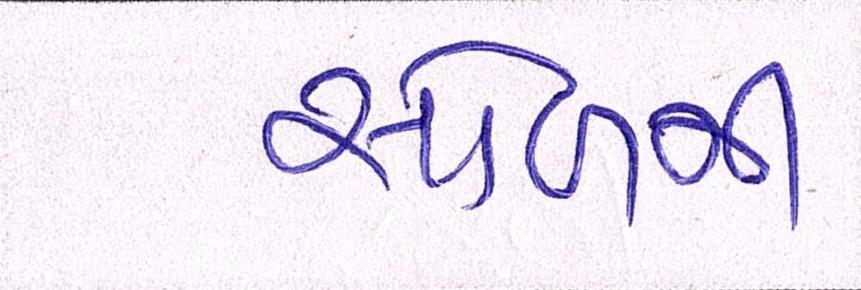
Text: સોળમી